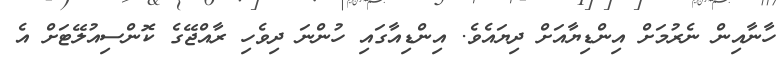
ހާނާއިން ނެރުމަށް އިންޑިޔާއަށް ދިޔައެވެ. އިންޑިއާގައި ހުންނަ ދިވެހި ރާއްޖޭގެ ކޮންސިއުލޭޓަށް އެ